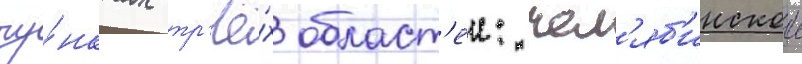
пу́нктах тр'ё́х област'еи: чел'яб'инскои